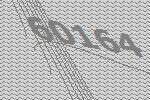
60164